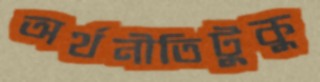
অর্থনীতিটুকু